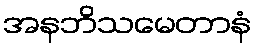
အနဘိသမေတာနံ